Some observations on the poison of Russell's viper (Daboia russellii) - Number 3
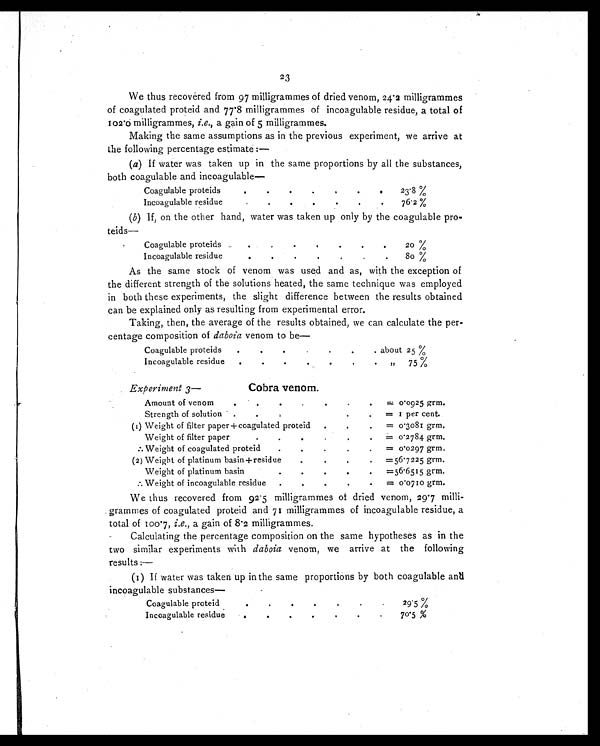
23
We thus recovered from 97 milligrammes of dried venom, 24 . 2 milligrammes
of coagulated proteid and 77.8 milligrammes of incoagulable residue, a total of
102.0 milligrammes, i.e., a gain of 5 milligrammes.
Making the same assumptions as in the previous experiment, we arrive at
the following percentage estimate : —
(a) If water was taken up in the same proportions by all the substances,
both coagulable and incoagulable
—
Coagulable proteids
...
...
23.8 %
Incoagulable residue
. . .
. . .
. . .
76.2 %
(b) If, on the other hand, water was taken up only by the coagulable pro-
teids—
Coagulable proteids
. . .
. . .
. . .
. . .
20 %
Incoagulable residue
. . .
. . .
. . .
80 %
As the same s tock of venom was used and as, with the exception of
the different strength of the solutions heated, the same technique was employed
in both these experiments, the slight difference between the results obtained
can be explained only as resulting from experimental error.
Taking, then, the average of the results obtained, we can calculate the per-
centage composition of daboia venom to be
—
Coagulable proteids
. . .
. . .
about 25 %
Incoagulable residue...
. . .
. . .
,,
75 %
Cobra venom.
Experiment 3—
Amount of venom
. . .
. . .
. . .
=0.0925 grm.
Strength of solution... ... . . .
=1 per cent.
(1) Weight of filter paper +coagulated proteid... . . .
=0.3081 grm
Weight of filter paper...
. . .
=0.2784 grm.
•
Weight of coagulated proteid....
. . .
=0.0297 grm.
(2) Weight of platinum basin +residue
... . . .
=56 . 7225 grm.
Weight of platinum basin
. . .
. . .
. . .
=56. 6515 grm.
Weight of incoagulable residue... . . .
=0.0710 grm.
We thus recovered from 92.5 milligrammes of dried venom, 29.7 milli-
grammes of coagulated proteid and 71 milligrammes of incoagulable residue, a
total of 100.7, i.e., a gain of 8.2 milligrammes.
Calculating the percentage composition on the same hypotheses as in the
two similar experiments with daboia venom, we arrive at the following
results :—
(1) If water was taken up in the same proportions by both coagulable and
incoagulable substances
—
Coagulable proteid... . . .
2 9 . 5 %
Incoagulable residue
... ... ... ...
70.5 %